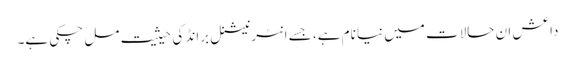
داعش ان حالات میں نیا نام ہے، جسے انٹرنیشنل برانڈ کی حیثیت مل چکی ہے۔